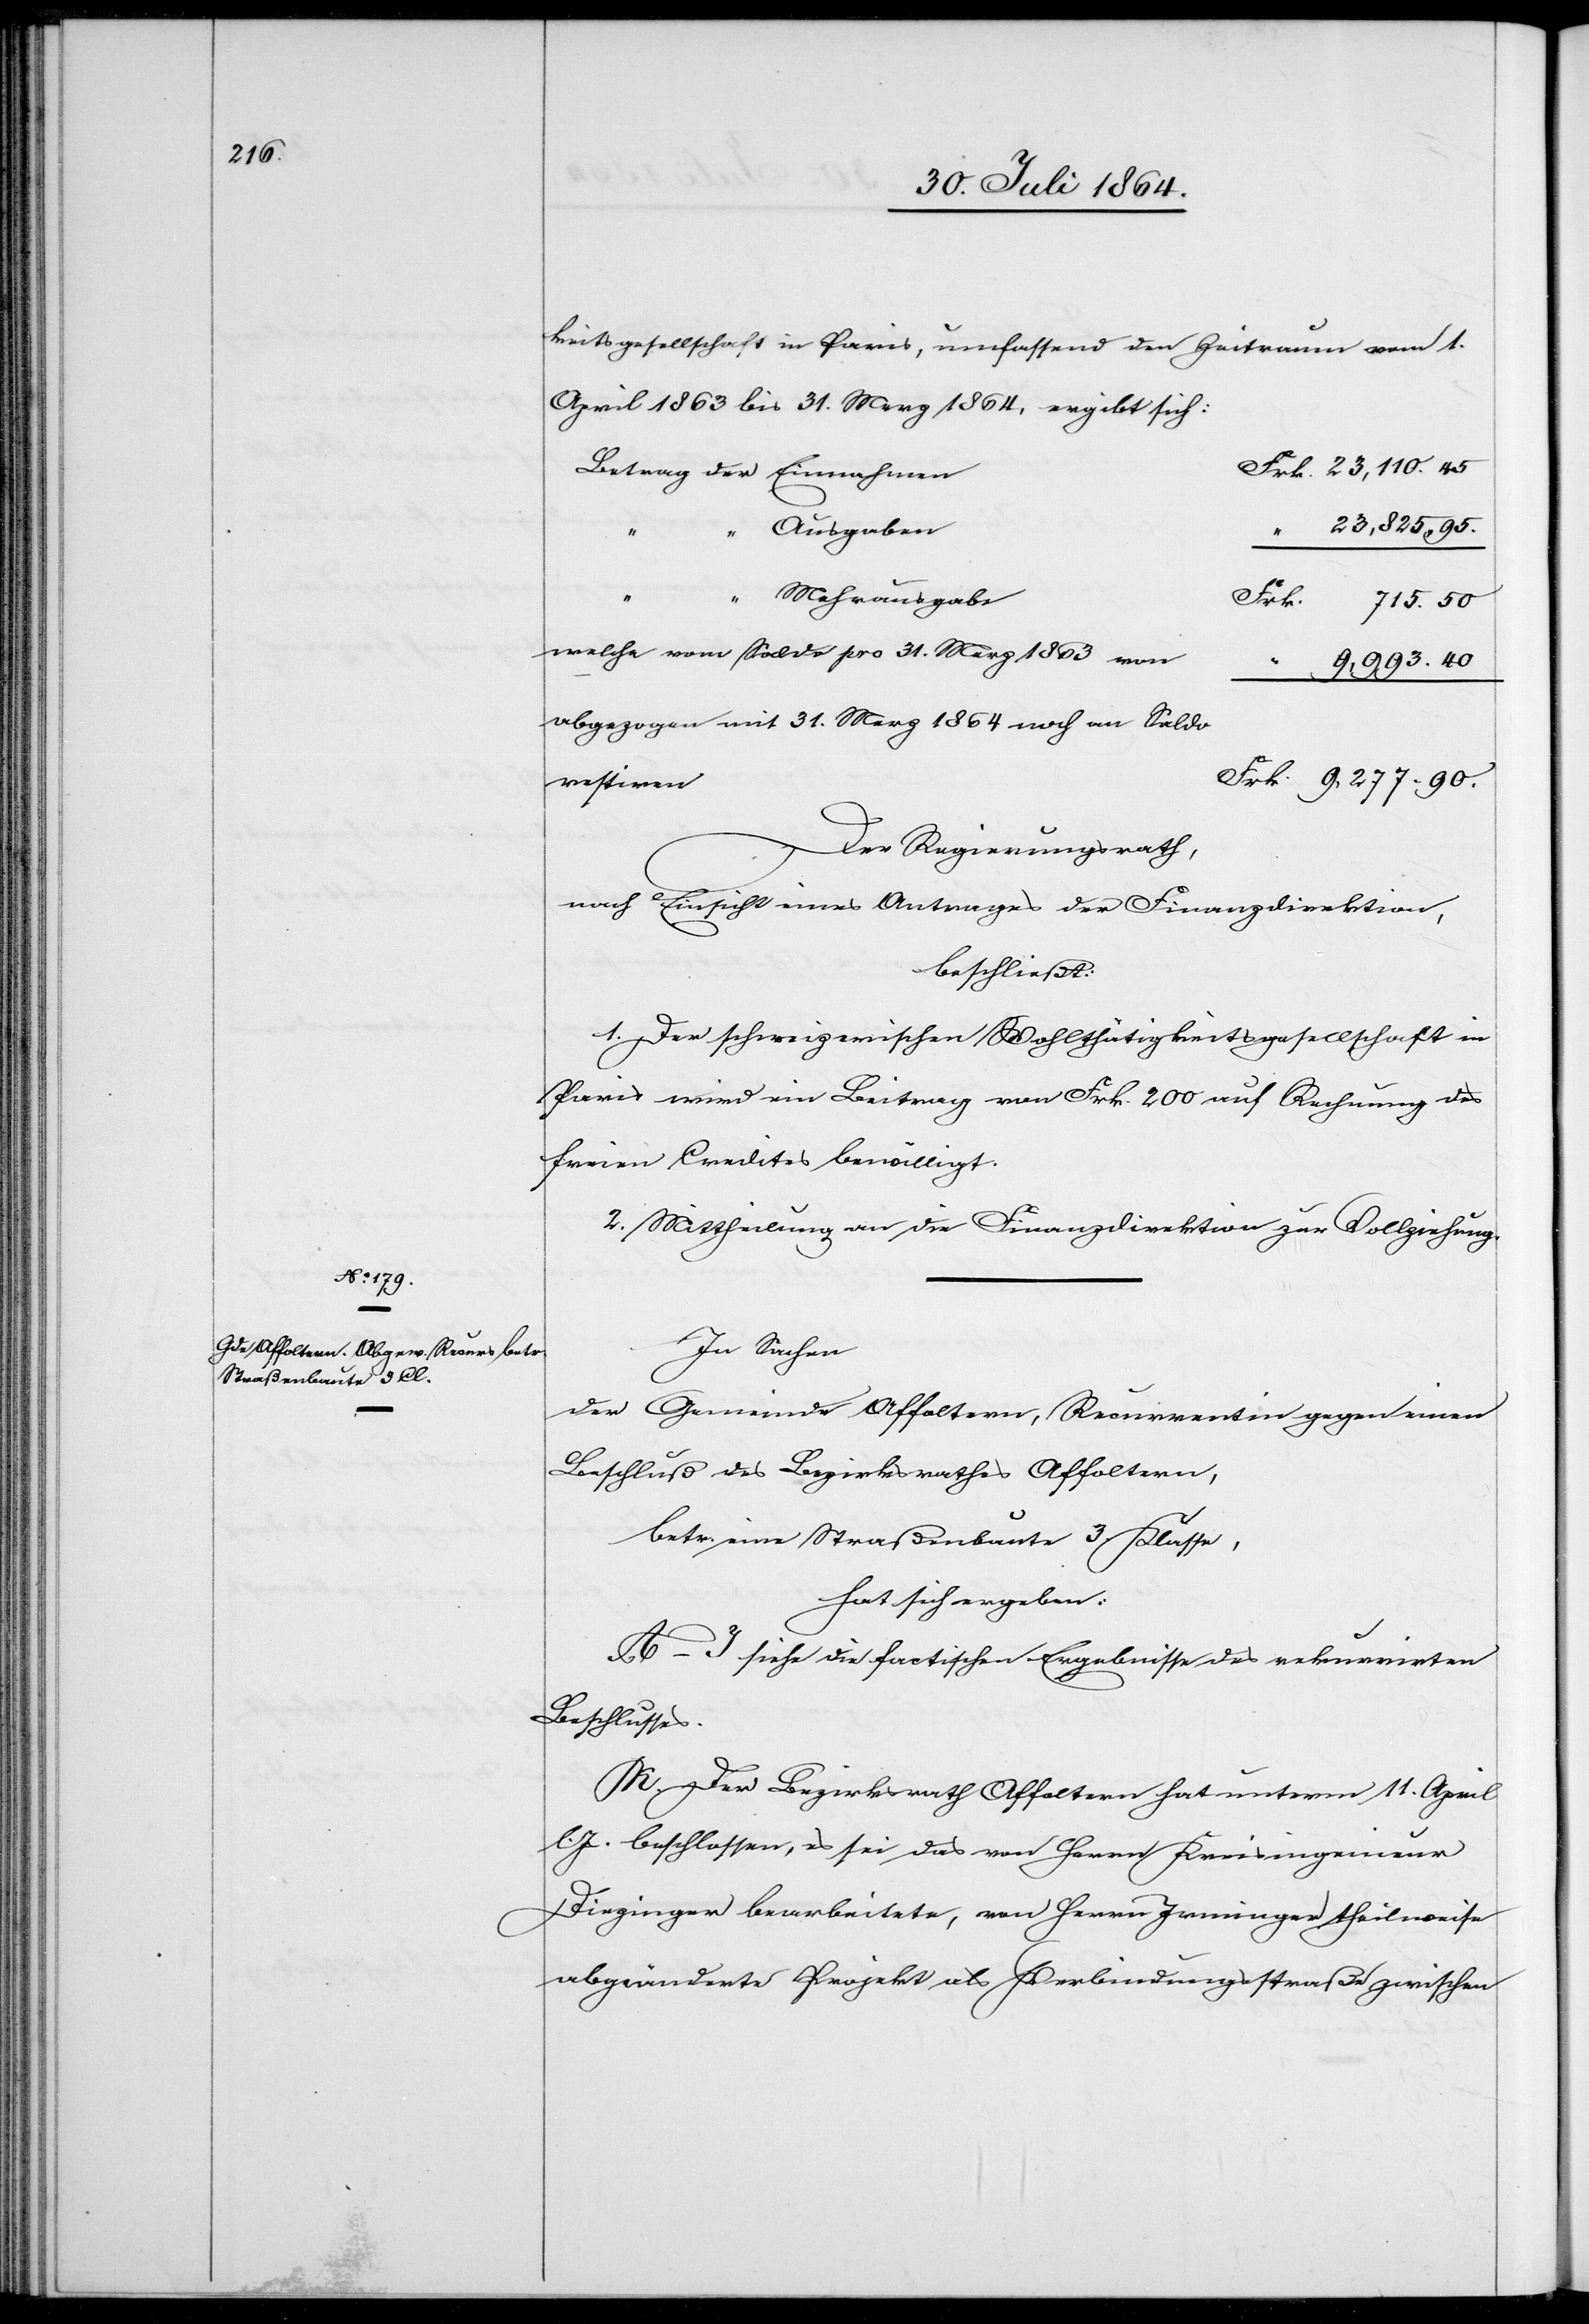
Betrag

keitsgesellschaft in Paris, umfassend den Zeitraum vom 1.
April 1863 bis 31. Merz 1864, ergibt sich:
23,825.95
Ausgaben
“
“
Mehrausgabe
welche vom Saldo pro 31. März 1863 von
9,993.40
restiren
Der Regierungsrath,
nach Einsicht eines Antrages der Finanzdirektion
beschließt:
1. Der schweizerischen Wohltätigkeitsgesellschaft in
Paris wird ein Beitrag von Frk. 200 auf Rechnung des
freien Credites bewilligt.
2. Mittheilung an die Finanzdirektion zur Vollziehung.